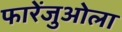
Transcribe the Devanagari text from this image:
फारेंजुओला